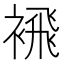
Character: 䙍